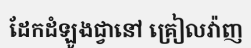
ដែកដំឡូងជ្វានៅ គ្រៀលវ៉ាញ